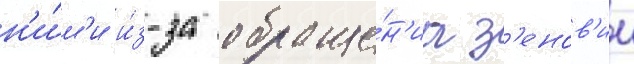
н'и́м'и и́з-за обраще́н'иа з'енов'ии